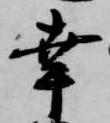
幸